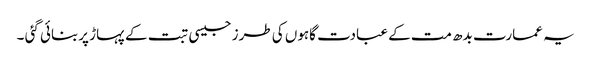
یہ عمارت بدھ مت کے عبادت گاہوں کی طرز جیسی تبت کے پہاڑ پربنائی گئی ۔